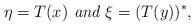
LaTeX: \begin{align*} \eta = T(x) \textit{ and } \xi = (T(y))^*,\end{align*}